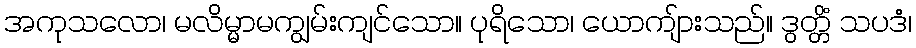
အကုသလော၊ မလိမ္မာမကျွမ်းကျင်သော။ ပုရိသော၊ ယောကျ်ားသည်။ ဒွတ္တိံ သပဒံ၊